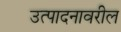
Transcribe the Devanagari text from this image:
उत्पादनावरील